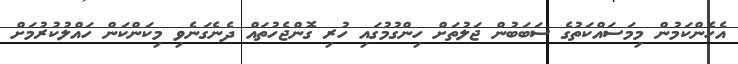
އެހެންކަމުން މިމަސައްކަތުގެ ސަބަބުން ޖަލުތަށް ހިންގުމުގައި ހުރި ގޮންޖެހުތައް ދެނެގަނެވި މިކަންކަން ހައްލުކުރުމަށް